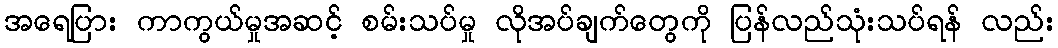
အရေပြား ကာကွယ်မှုအဆင့် စမ်းသပ်မှု လိုအပ်ချက်တွေကို ပြန်လည်သုံးသပ်ရန် လည်း